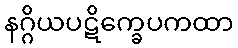
နဂ္ဂိယပဋိက္ခေပကထာ